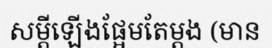
សម្តីឡើងផ្អែមតែម្តង (មាន